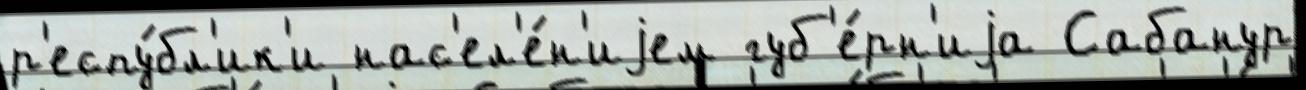
р'еспу́бл'ик'и нас'ел'е́н'иjем губ'е́рн'иjа Сабанур